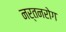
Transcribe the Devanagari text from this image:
नर्तनरोग